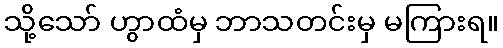
သို့သော် ဟွာထံမှ ဘာသတင်းမှ မကြားရ။